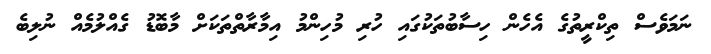
ނަމަވެސް ތިކްރީތުގެ އެހެން ހިސާބުތަކުގައި ހުރި މުހިންމު އިމާރާތްތަކަށް މާބޮޑު ގެއްލުމެއް ނުލިބެ